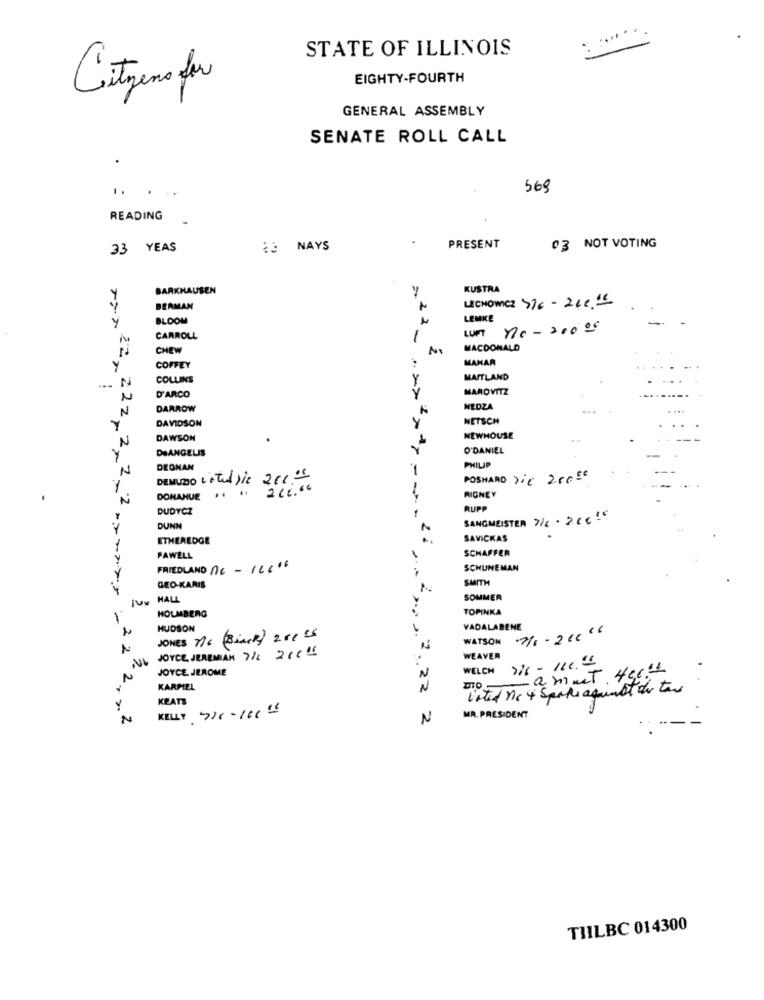
STATE OF ILLINOIS
Citizens for
EIGHTY-FOURTH
GENERAL ASSEMBLY
SENATE ROLL CALL
569
READING
33 YEAS
¿3 NAYS
PRESENT
03 NOT VOTING
BARKHAUSEN
Y
KUSTRA
Y
BERMAN
LECHOWICZ 176 - 2Le."
BLOOM
LEMKE
-
y
LUFT
10-20009
CARROLL
1
CHEW
MACDONALD
MAHAR
COFFEY
-.
N
COLLINS
Y
MAITLAND
y
MAROWITZ
N
D'ARCO
N
DARROW
NEDZA
...
DAVIDSON
NETSCH
Y
N
DAWSON
NEWHOUSE
DEANGELIS
O'DANIEL
N
DEGNAN
-
PHILIP
DEMUZIO LATUASic 2EC."
POSHARD Tic 20000
Y
DONAHUE .. ..
212.00
2
RIGNEY
DUDYCZ
RUPP
SANGMEISTER 7/6. 260!"
DUNN
ETHEREDGE
SAVICKAS
1
SCHAFFER
y
FAWELL
Y
FRIEDLAND nc- 16006
SCHUNEMAN
SMITH
GEO-KARIS
HALL
SOMMER
HOLMBERG
TOPINKA
HUDSON
VADALABENE
2
JONES Nc (Binck) 200'S
Li , . 2 ,. ,.
WATSON 2/6-20006
JOYCE, JEREMIAH 7/ 20095
WELCH SI - 11C.
WEAVER
JOYCE JEROME
- ammet 400th
KARPIEL
.22
listed nc + Spoke against de tax
KEATS
Y
KELY 736-100"
MR. PRESIDENT
N
N
TIILBC 014300